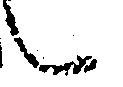
々